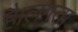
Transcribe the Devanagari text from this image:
है।लगता